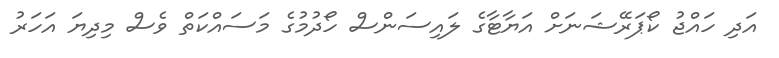
އަދި ހައްޖު ކޯޕަރޭޝަނަށް އަޔާޓާގެ ލައިސަންސް ހޯދުމުގެ މަސައްކަތް ވެސް މިދިޔަ އަހަރު